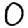
Digit: 0